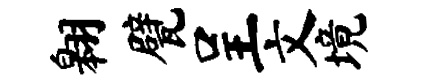
翱甓呈文境